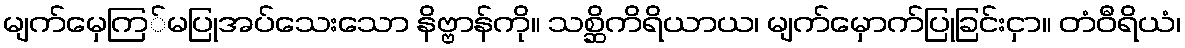
မျက်မှေကြ်မပြုအပ်သေးသော နိဗ္ဗာန်ကို။ သစ္ဆိကိရိယာယ၊ မျက်မှောက်ပြုခြင်းငှာ။ တံဝီရိယံ၊